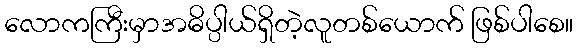
လောကကြီးမှာအဓိပ္ပါယ်ရှိတဲ့လူတစ်ယောက် ဖြစ်ပါစေ။